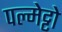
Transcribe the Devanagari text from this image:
पल्मेट्टो